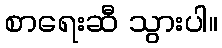
စာရေးဆီ သွားပါ။